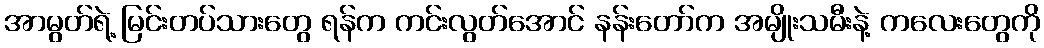
အာမွတ်ရဲ့ မြင်းတပ်သားတွေ ရန်က ကင်းလွတ်အောင် နန်းတော်က အမျိုးသမီးနဲ့ ကလေးတွေကို